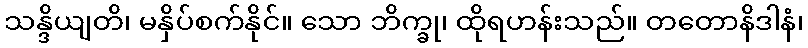
သန္ဒိယျတိ၊ မနှိပ်စက်နိုင်။ သော ဘိက္ခု၊ ထိုရဟန်းသည်။ တတောနိဒါနံ၊